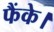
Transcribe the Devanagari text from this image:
फैंके।